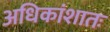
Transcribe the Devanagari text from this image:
अधिकांशातः